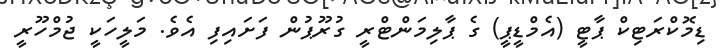
ޑިމޮކްރަޓިކް ޕާޓީ (އެމްޑީޕީ) ގެ ޕާލިމަންޓްރީ ގުރޫޕުން ފަށައިިފި އެވެ. މަލީހަކީ ޖުމްހޫރީ